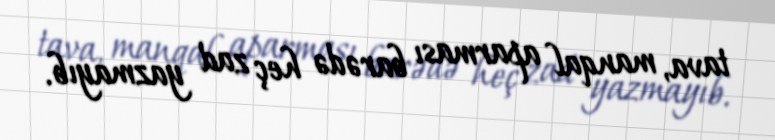
tava, manqal aparması barədə heç zad yazmayıb.